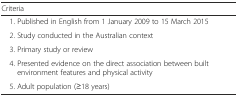
<table><thead><tr><td><b>Criteria</b></td></tr></thead><tbody><tr><td> 1. Published in English from 1 January 2009 to 15 March 2015</td></tr><tr><td> 2. Study conducted in the Australian context</td></tr><tr><td> 3. Primary study or review</td></tr><tr><td> 4. Presented evidence on the direct association between built environment features and physical activity</td></tr><tr><td> 5. Adult population (≥18 years)</td></tr></tbody></table>